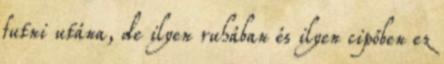
futni utána, de ilyen ruhában és ilyen cipőben ez